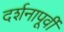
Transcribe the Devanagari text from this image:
दर्शनापूर्वी